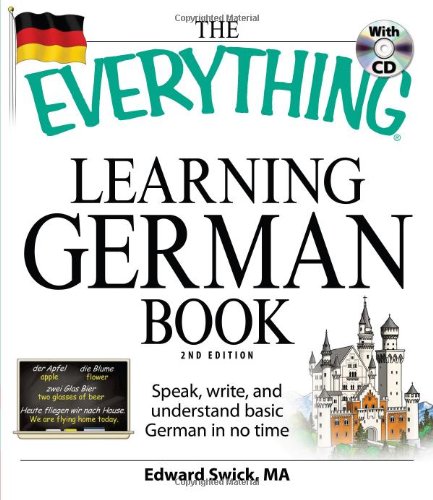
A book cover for The Everything Learning German Book: Speak, write, and understand basic German in no time; Edward Swick M.A.; Computers & Technology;